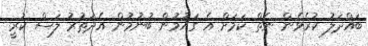
ބައްދަލު ކުރެވެން ނެތް ކަމަށް އެ ގައުމުން ބުނުމުން އެދަތުރު ލަސް ކުރީ